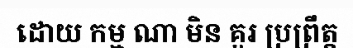
ដោយ កម្ម ណា មិន គួរ ប្រព្រឹត្ត